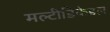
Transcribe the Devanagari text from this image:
मल्टीडिकेडल